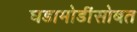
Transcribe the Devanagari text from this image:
घडामोडींसोबत